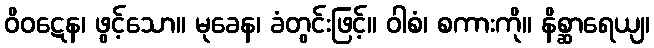
ဝိဝဋေန၊ ဖွင့်သော။ မုခေန၊ ခံတွင်းဖြင့်။ ဝါစံ၊ စကားကို။ နိစ္ဆာရေယျ၊